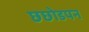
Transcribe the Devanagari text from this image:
छछोडपन